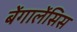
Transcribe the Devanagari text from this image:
बेंगालेंसिस